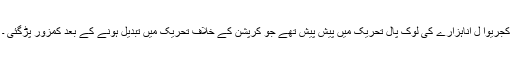
کجریوا ل اناہزارے کی لوک پال تحریک میں پیش پیش تھے جو کرپشن کے خلاف تحریک میں تبدیل ہونے کے بعد کمزور پڑگئی ۔